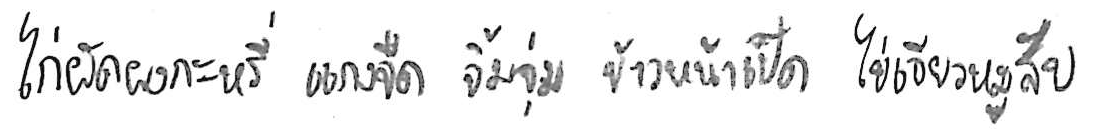
ไก่ผัดผงกะหรี่ แกงจืด จิ้มจุ่ม ข้าวหน้าเป็ด ไข่เจียวหมูสับ